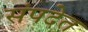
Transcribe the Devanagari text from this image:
संपदेत